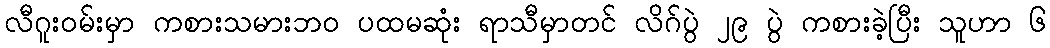
လီဂူးဝမ်းမှာ ကစားသမားဘဝ ပထမဆုံး ရာသီမှာတင် လိဂ်ပွဲ ၂၉ ပွဲ ကစားခဲ့ပြီး သူဟာ ၆